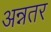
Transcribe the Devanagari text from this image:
अन्नतर